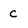
Character: c